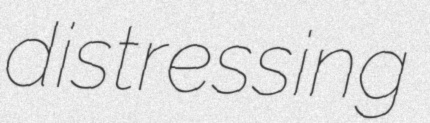
distressing